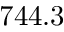
7 4 4 . 3